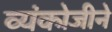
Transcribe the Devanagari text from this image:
व्यंकोजीने